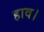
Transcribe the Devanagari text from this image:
हाव।